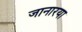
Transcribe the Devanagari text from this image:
जानारया